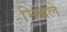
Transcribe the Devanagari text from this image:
मिन्नले